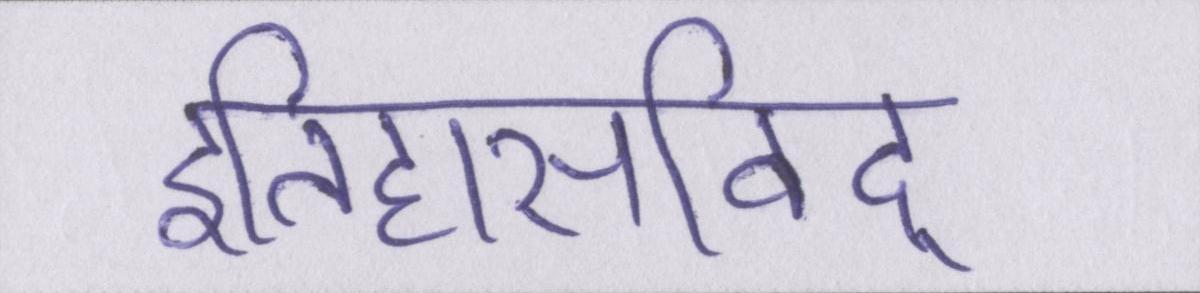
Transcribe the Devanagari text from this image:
इतिहासविद्